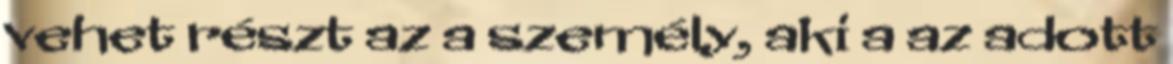
vehet részt az a személy, aki a az adott